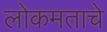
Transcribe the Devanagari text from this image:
लोकमताचे